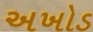
અખોડ